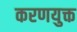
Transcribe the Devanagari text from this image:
करणयुक्त